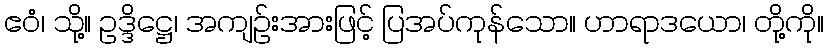
ဧဝံ၊ သို့။ ဥဒ္ဒိဋ္ဌေ၊ အကျဉ်းအားဖြင့် ပြအပ်ကုန်သော။ ဟာရာဒယော၊ တို့ကို။